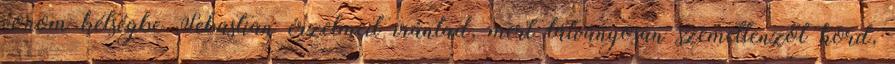
vonom kétségbe Sebastian érzelmeit irántad, mert látványosan szemellenzőt hord,